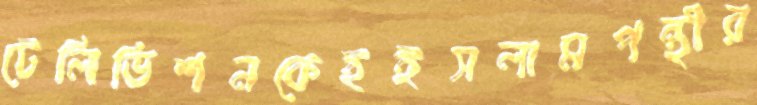
টেলিভিশনকেইইসলামপন্থীর